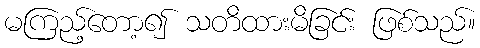
မကြည့်တော့၍ သတိထားမိခြင်း ဖြစ်သည်။